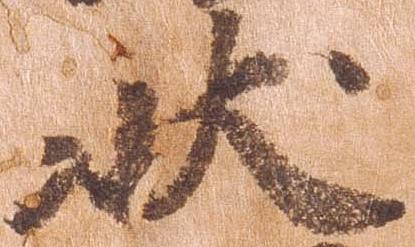
状